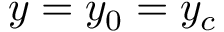
y = y _ { 0 } = y _ { c }